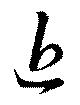
近